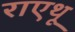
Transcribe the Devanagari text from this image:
राएथू